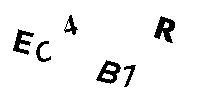
EC4B7R